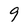
Character: 9